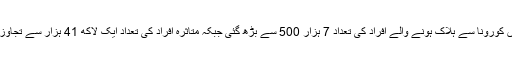
ایران میں کورونا سے ہلاک ہونے والے افراد کی تعداد 7 ہزار 500 سے بڑھ گئی جبکہ متاثرہ افراد کی تعداد ایک لاکھ 41 ہزار سے تجاوز کرگئی۔